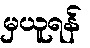
မှယူရန်